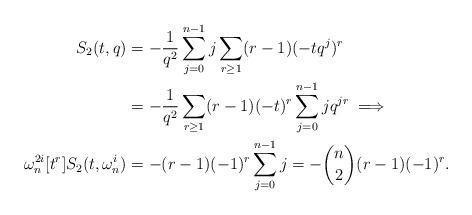
LaTeX: \begin{align*}S_2(t,q) &= -\frac{1}{q^2} \sum_{j=0}^{n-1} j \sum_{r \ge 1} (r-1) (-tq^j)^{r} \\&= -\frac{1}{q^2} \sum_{r \ge 1} (r-1)(-t)^r \sum_{j=0}^{n-1} j q^{jr} \implies \\\omega_n^{2i}[t^r]S_2(t,\omega_n^i ) &= -(r-1)(-1)^r \sum_{j=0}^{n-1} j = -\binom{n}{2} (r-1)(-1)^r . \end{align*}